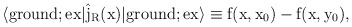
\begin{align*}\langle {\rm ground};\rm ex|\hat{j}_R(x)|{\rm ground};\rm ex \rangle\equiv f(x,x_0) - f(x,y_0),\end{align*}